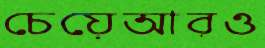
চেয়েআরও